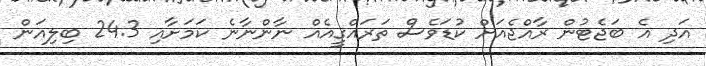
އަދި އެ ބަޖެޓުން ރާއްޖެއަށް ކުޑަވެސް ތަރައްގީއެއް ނާންނާނެ ކަމަށާއި 24.3 ބިލިއަން